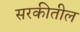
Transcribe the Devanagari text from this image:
सरकीतील